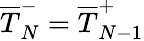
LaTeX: \overline{T}_{N}^{-}=\overline{T}_{N-1}^{+}